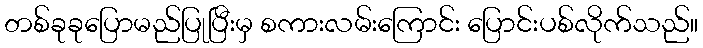
တစ်ခုခုပြောမည်ပြုပြီးမှ စကားလမ်းကြောင်း ပြောင်းပစ်လိုက်သည်။